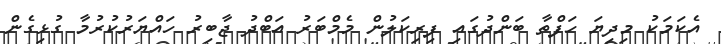
އެކަމަކު މިދިޔަ ހަފްތާ ބަންދުގައި ފިރިކަލުން މެމްބަރު އަބްދު ޖާބިރު ހައްޔަރުކުރުމާ ގުޅިގެން